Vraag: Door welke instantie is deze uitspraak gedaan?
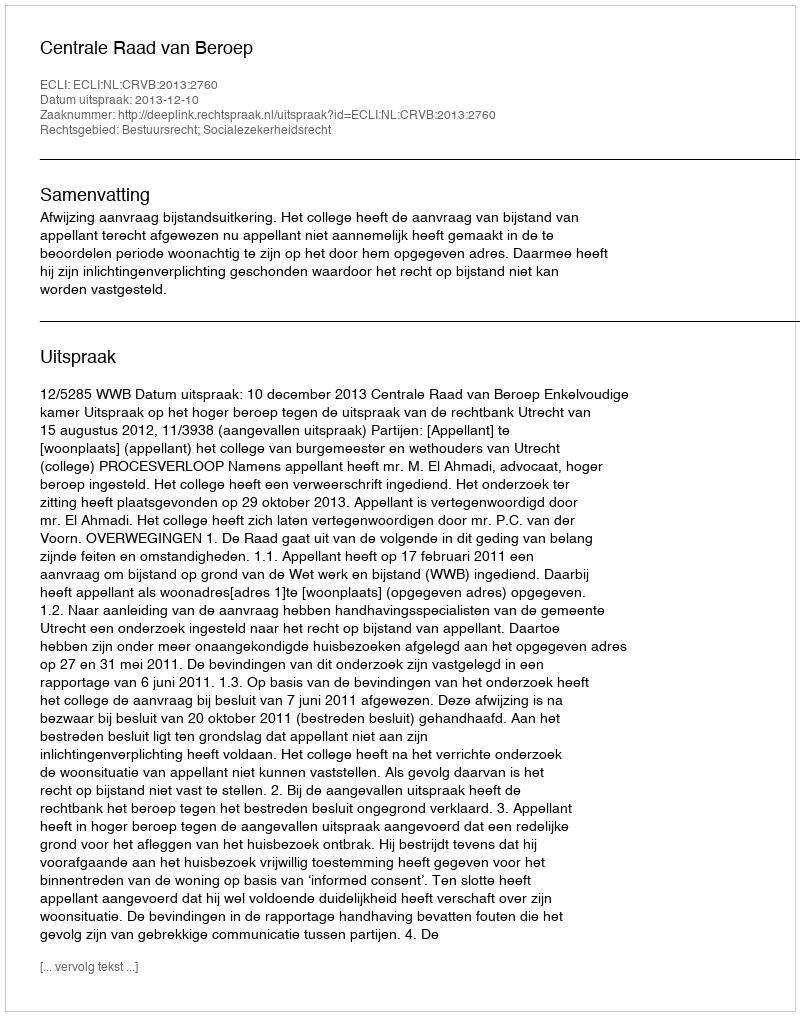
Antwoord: Centrale Raad van Beroep